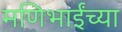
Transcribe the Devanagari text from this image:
मणिभाईंच्या